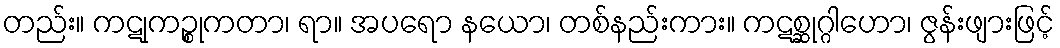
တည်း။ ကဋုကဉ္စုကတာ၊ ရာ။ အပရော နယော၊ တစ်နည်းကား။ ကဋစ္ဆုဂ္ဂါဟော၊ ဇွန်းဖျားဖြင့်